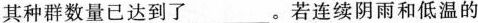
其种群数量已达到了___。若连续阴雨和低温的